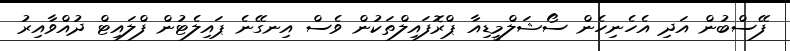
ފޭސްބުން އަދި އެހެނިހެން ސޯޝަލްމީޑިއާ ޕްރޮފައިލްތަކުން ވެސް އިނގޭނެ ޕައިލެޓުން ފްލައިޓް ދުއްވާއިރު